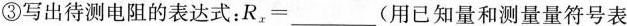
③写出待测电阻的表达式：$$R_{x}=___$$(用已知量和测量量符号表